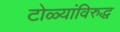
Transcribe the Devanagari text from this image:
टोळ्यांविरुद्ध